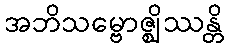
အဘိသမ္ဗောဇ္ဈိဿန္တိ